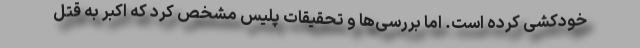
خودکشی کرده است. اما بررسی‌ها و تحقیقات پلیس مشخص کرد که اکبر به قتل